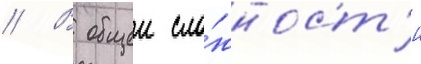
// В общеи сло́жност'и